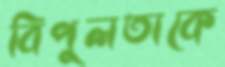
বিপুলতাকে